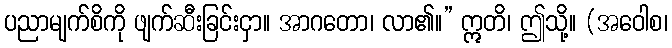
ပညာမျက်စိကို ဖျက်ဆီးခြင်းငှာ။ အာဂတော၊ လာ၏။” ဣတိ၊ ဤသို့။ (အဝေါစ၊